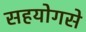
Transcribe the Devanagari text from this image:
सहयोगसे